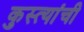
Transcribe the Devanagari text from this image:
कुस्त्यांची